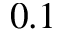
0 . 1